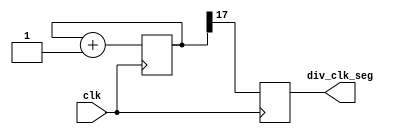
module Freq_Div(
    input clk,
    output reg div_clk_seg 
 );
 
    reg [17:0] counter = 0;
    
    always @ (posedge clk)
    begin
        counter <= counter + 1;
        div_clk_seg <= counter[17];
    end
    
endmodule